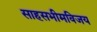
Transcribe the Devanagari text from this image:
साहसभीमविजय